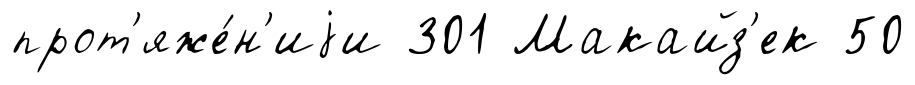
прот'яже́н'иjи 301 Макайз'ек 50